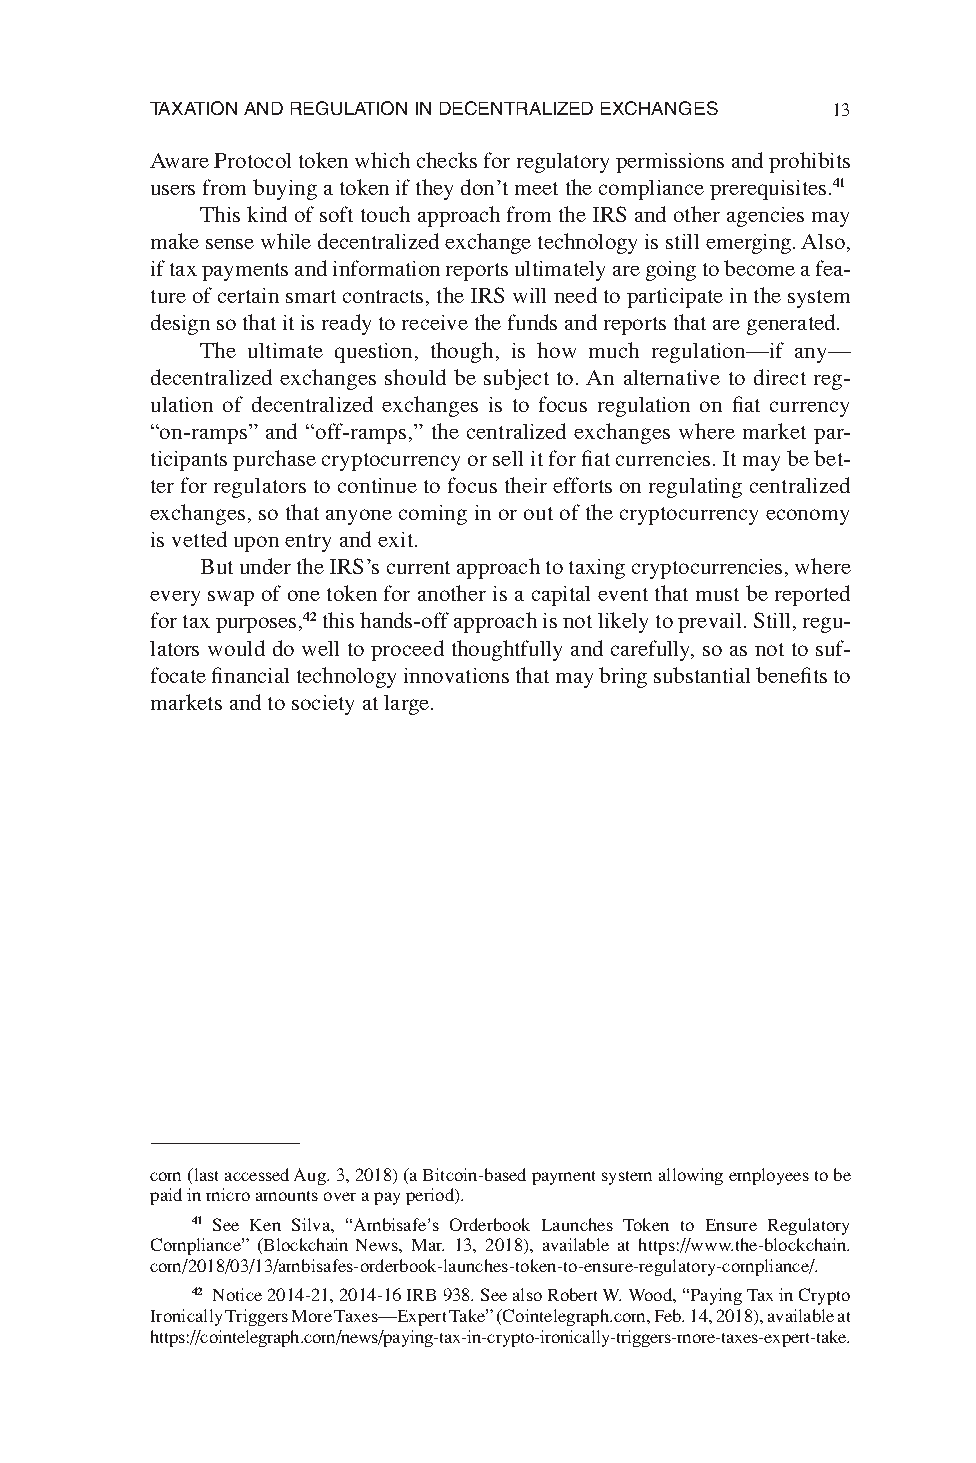
TAXATION AND REGULATION IN DECENTRALIZED EXCHANGES 13
 Aware Protocol token which checks for regulatory permissions and prohibits
 users from buying a token if they don’t meet the compliance prerequisites.41
 This kind of soft touch approach from the IRS and other agencies may
 make sense while decentralized exchange technology is still emerging. Also,
 if tax payments and information reports ultimately are going to become a fea-
 ture of certain smart contracts, the IRS will need to participate in the system
 design so that it is ready to receive the funds and reports that are generated.
 The ultimate question, though, is how much regulation—if any—
 decentralized exchanges should be subject to. An alternative to direct reg-
 ulation of decentralized exchanges is to focus regulation on fi at currency
 “on-ramps” and “off-ramps,” the centralized exchanges where market par-
 ticipants purchase cryptocurrency or sell it for fi at currencies. It may be bet-
 ter for regulators to continue to focus their efforts on regulating centralized
 exchanges, so that anyone coming in or out of the cryptocurrency economy
 is vetted upon entry and exit.
 But under the IRS’s current approach to taxing cryptocurrencies, where
 every swap of one token for another is a capital event that must be reported
 for tax purposes,42 this hands-off approach is not likely to prevail. Still, regu-
 lators would do well to proceed thoughtfully and carefully, so as not to suf-
 focate fi nancial technology innovations that may bring substantial benefi ts to
 markets and to society at large.
 com (last accessed Aug. 3, 2018) (a Bitcoin-based payment system allowing employees to be
 paid in micro amounts over a pay period).
 41 See Ken Silva, “Ambisafe’s Orderbook Launches Token to Ensure Regulatory
 Compliance” (Blockchain News, Mar. 13, 2018), available at https://www.the-blockchain.
 com/2018/03/13/ambisafes-orderbook-launches-token-to-ensure-regulatory-compliance/.
 42 Notice 2014-21, 2014-16 IRB 938. See also Robert W. Wood, “Paying Tax in Crypto
 Ironically Triggers More Taxes—Expert Take” (Cointelegraph.com, Feb. 14, 2018), available at
 https://cointelegraph.com/news/paying-tax-in-crypto-ironically-triggers-more-taxes-expert-take.